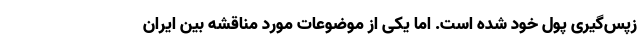
زپس‌گیری پول خود شده است. اما یکی از موضوعات مورد مناقشه بین ایران